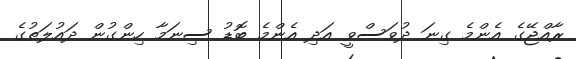
ރާއްޖޭގެ އެންމެ ގިނަ ދުވަސްވީ އަދި އެންމެ ބޮޑު ސިނަމާ ހިންގުން ދައުލަތުގެ